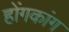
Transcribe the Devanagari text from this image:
होंगकांग